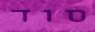
סוד